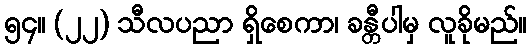
၅၄။ (၂၂) သီလပညာ ရှိစေကာ၊ ခန္တီပါမှ လူခိုမည်။